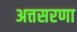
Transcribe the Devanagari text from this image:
अत्तसरणा